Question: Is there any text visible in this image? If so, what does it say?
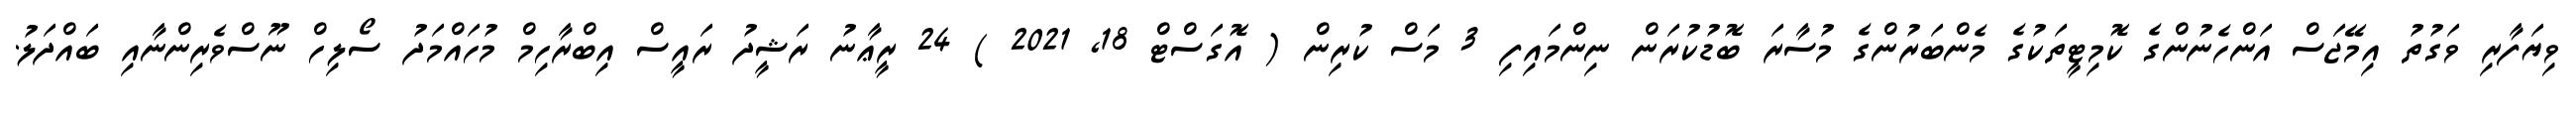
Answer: ވިޔަފާރި ވަގުތު އިމޭޖަސް އަންހެނުންގެ ކޮމިޓީތަކުގެ މެންބަރުންގެ މުސާރަ ބޮޑުކުރަން ނިންމައިފި 3 މަސް ކުރިން ( އޮގަސްޓް 18, 2021 ) 24 ރީޢާނު ރަޝީދު ރައީސް އިބްރާހިމް މުހައްމަދު ސޯލިހް ނޫސްވެރިންނާއި ބައްދަލު.